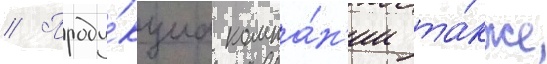
// Проду́кциа компа́н'ии та́кже